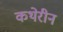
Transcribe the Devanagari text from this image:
कथेरीन